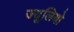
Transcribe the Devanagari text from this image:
ज्यूलियो